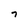
Character: 7